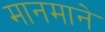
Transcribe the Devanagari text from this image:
मानमाने